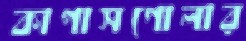
কাপাসগোলার